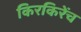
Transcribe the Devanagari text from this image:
किरकिरेंच